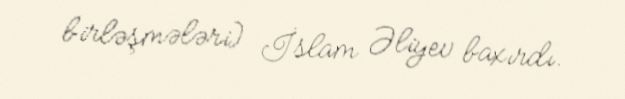
birləşmələri) İslam Əliyev baxırdı.